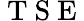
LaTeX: \mathrm{~T~S~E~}